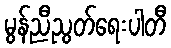
မွန်ညီညွတ်ရေးပါတီ